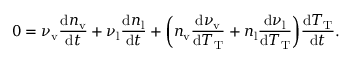
0 = \nu _ { \mathrm { v } } \frac { \mathrm { d } n _ { \mathrm { v } } } { \mathrm { d } t } + \nu _ { \mathrm { l } } \frac { \mathrm { d } n _ { \mathrm { l } } } { \mathrm { d } t } + \bigg ( n _ { \mathrm { v } } \frac { \mathrm { d } \nu _ { \mathrm { v } } } { \mathrm { d } T _ { \mathrm { T } } } + n _ { \mathrm { l } } \frac { \mathrm { d } \nu _ { \mathrm { l } } } { \mathrm { d } T _ { \mathrm { T } } } \bigg ) \frac { \mathrm { d } T _ { \mathrm { T } } } { \mathrm { d } t } .